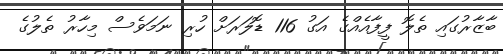
ބާޒާރުގައި ތެލޮ ފީފާއެއްގެ އަގު 116 ޑޮލަރަށް ހުރި ނަމަވެސް މިހާރު ތެލުގެ